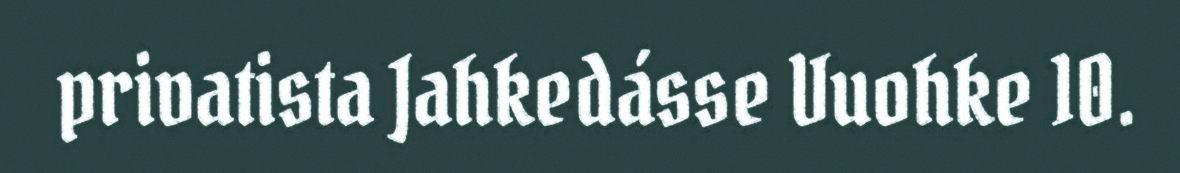
privatista Jahkedásse Vuohke 10.